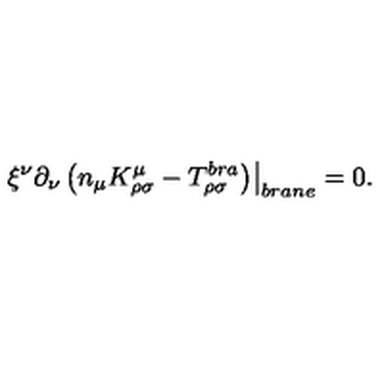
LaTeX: \left. \xi ^ { \nu } \partial _ { \nu } \left( n _ { \mu } K _ { \rho \sigma } ^ { \mu } - T _ { \rho \sigma } ^ { b r a } \right) \right| _ { b r a n e } = 0 .